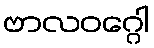
ဗာလဝဂ္ဂေါ